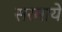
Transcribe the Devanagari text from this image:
सरमाये